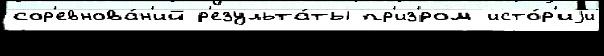
сор'евнова́н'ий р'езульта́ты пр'из'́ром исто́р'иjи